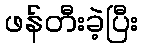
ဖန်တီးခဲ့ပြီး